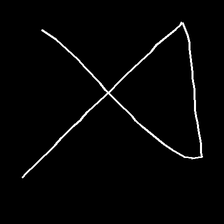
Glyph: collection